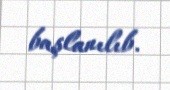
başlanılıb.